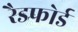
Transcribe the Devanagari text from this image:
रैडफोर्ड